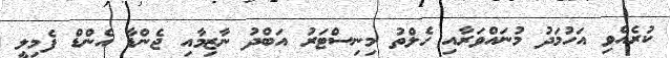
ކުރެއްވި އަހުމަދު މުނައްވަރާއި ހެލްތު މިނިސްޓަރު އަބްދު ނާޒިމާއި ޖެންޑާ އެންޑް ފެމިލީ